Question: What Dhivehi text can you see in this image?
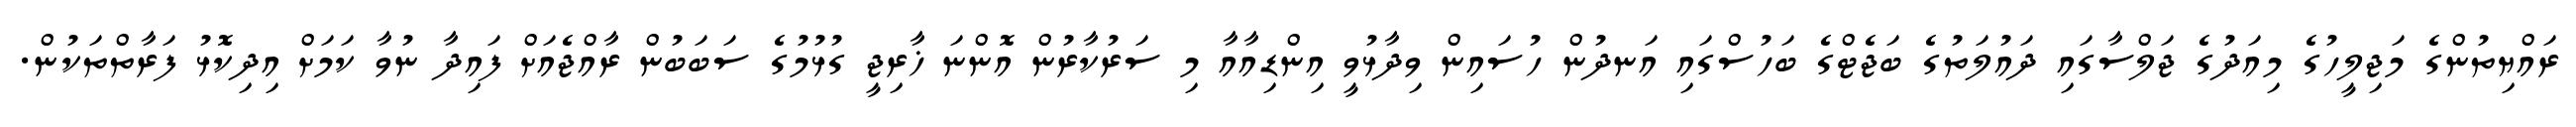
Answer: ރައްޔިތުންގެ މަޖިލީހުގެ މިއަދުގެ ޖަލްސާގައި ދައުލަތުގެ ބަޖެޓްގެ ބަހުސްގައި އަނދުން ހުސައިން ވިދާޅުވީ އިންޑިއާއާ މި ސަރުކާރުން އޮންނަ ޚާރިޖީ ގުޅުމުގެ ސަބަބުން ރާއްޖެއަށް ފައިދާ ނުވާ ކަމަށް އިދިކޮޅު ފަރާތްތަކުން.